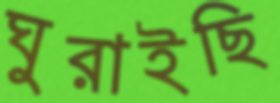
ঘুরাইছি